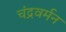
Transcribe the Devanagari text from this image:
चंद्रवर्मन